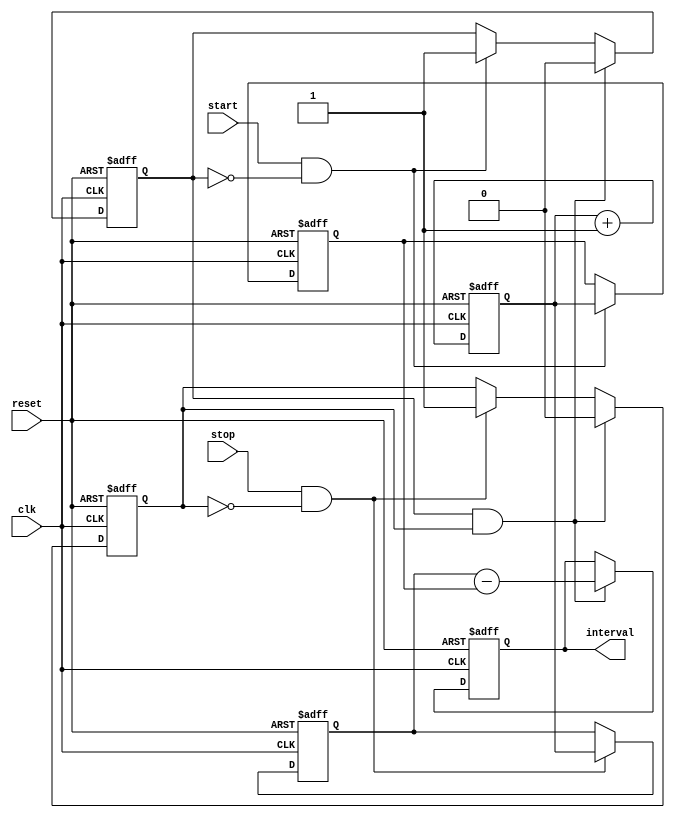
module TDC (
    input wire clk,          // Clock signal
    input wire reset,        // Reset signal
    input wire start,        // Start signal
    input wire stop,         // Stop signal
    output reg [7:0] interval // Output interval in clock cycles
);

    // Counter to keep track of clock cycles
    reg [7:0] counter;       // 8-bit counter
    reg [7:0] start_count;   // Latch for start count
    reg [7:0] stop_count;    // Latch for stop count
    reg start_latched;       // Flag to indicate start has been latched
    reg stop_latched;        // Flag to indicate stop has been latched

    // Counter logic
    always @(posedge clk or posedge reset) begin
        if (reset) begin
            counter <= 8'b0; // Reset counter
            start_count <= 8'b0; // Reset start latch
            stop_count <= 8'b0; // Reset stop latch
            interval <= 8'b0; // Reset interval output
            start_latched <= 1'b0; // Reset start latch flag
            stop_latched <= 1'b0; // Reset stop latch flag
        end else begin
            counter <= counter + 1; // Increment counter

            // Capture start count on rising edge of start signal
            if (start && !start_latched) begin
                start_count <= counter; // Latch the current counter value
                start_latched <= 1'b1; // Set start latched flag
            end

            // Capture stop count on rising edge of stop signal
            if (stop && !stop_latched) begin
                stop_count <= counter; // Latch the current counter value
                stop_latched <= 1'b1; // Set stop latched flag
            end

            // Calculate interval when both start and stop have been latched
            if (start_latched && stop_latched) begin
                interval <= stop_count - start_count; // Calculate interval
                // Reset latches for next measurement
                start_latched <= 1'b0;
                stop_latched <= 1'b0;
            end
        end
    end

endmodule